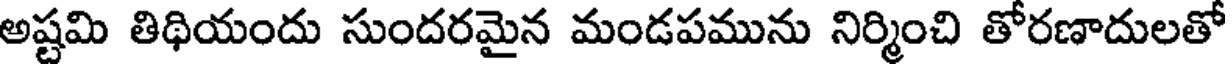
అష్టమి తిథియందు సుందరమైన మండపమును నిర్మించి తోరణాదులతో